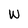
Character: w